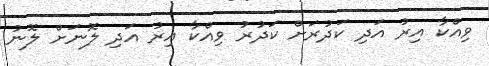
ވިއްކާ އިރު އަދި ކަދުރަށް ކަދުރު ވިއްކާ އިރު އަދި ލޮނަށް ލޮނު